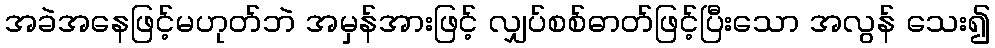
အခဲအနေဖြင့်မဟုတ်ဘဲ အမှန်အားဖြင့် လျှပ်စစ်ဓာတ်ဖြင့်ပြီးသော အလွန် သေး၍